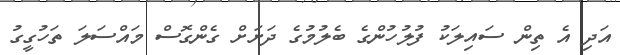
އަދި އެ ތިން ސައިލަކު ފުލުހުންގެ ބެލުމުގެ ދަށަށް ގެންގޮސް މައްސަލަ ތަހުގީގު